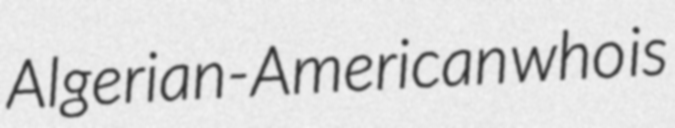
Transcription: Algerian-American who is